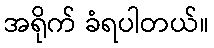
အရိုက် ခံရပါတယ်။